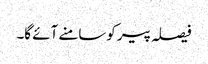
فیصلہ پیر کوسامنے آئے گا۔